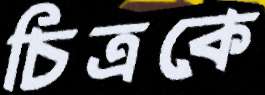
চিত্রকে